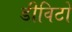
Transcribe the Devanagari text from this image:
डीविटो